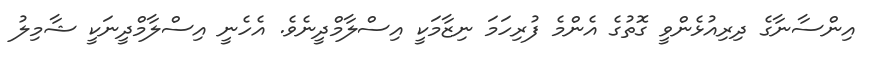
އިންސާނާގެ ދިރިއުޅެންވީ ގޮތުގެ އެންމެ ފުރިހަމަ ނިޒާމަކީ އިސްލާމްދީނެވެ. އެހެނީ އިސްލާމްދީނަކީ ޝާމިލު